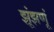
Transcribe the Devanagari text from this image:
झूंझणूं